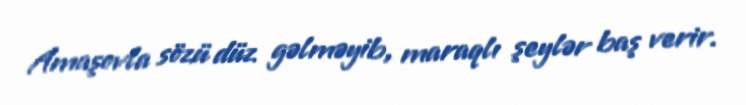
Amaşovla sözü düz gəlməyib, maraqlı şeylər baş verir.